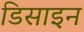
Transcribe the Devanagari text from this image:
डिसाइन